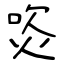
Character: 焁